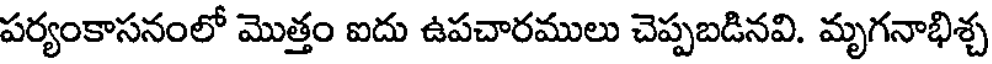
పర్యంకాసనంలో మొత్తం ఐదు ఉపచారములు చెప్పబడినవి. మృగనాభిశ్చ